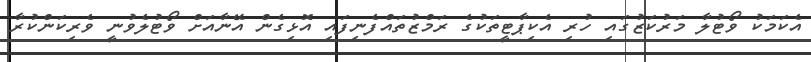
އެކަމަކު ވޯޓުލާ މަރުކަޒުގައި ހުރި އެކިޕާޓީތަކުގެ ރަމްޒުތައްފެނިފައި އޮޅިގެން އޭނާއަށް ވޯޓުލެވުނީ ވެރިކަންކުރާ